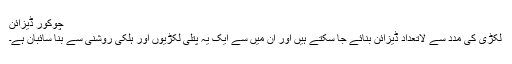
چوکور ڈیزائن
لکڑی کی مدد سے لاتعداد ڈیزائن بنائے جا سکتے ہیں اور ان میں سے ایک یہ پتلی لکڑیوں اور ہلکی روشنی سے بنا سائبان ہے۔